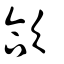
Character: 欱